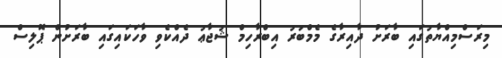
މިރަސްމިއްޔާތުގައި ބާރަށު ދާއިރާގެ މެމްބަރު އިބްރާހިމް ޝުޖާޢު ދެއްކެވި ވާހަކައިގައި ބާރަށުން ޕޮލިސް